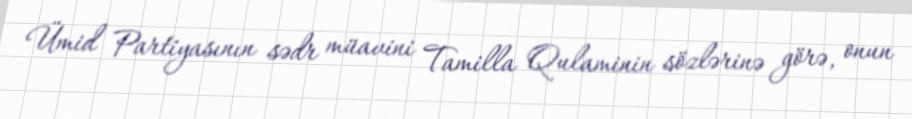
Ümid Partiyasının sədr müavini Tamilla Qulaminin sözlərinə görə, onun